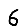
Digit: 6